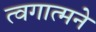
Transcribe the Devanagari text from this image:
त्वगात्मने